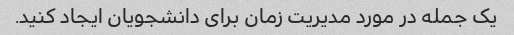
یک جمله در مورد مدیریت زمان برای دانشجویان ایجاد کنید.